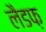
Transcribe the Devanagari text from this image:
लैडफ़